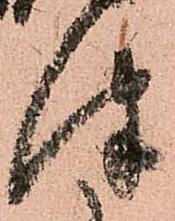
津